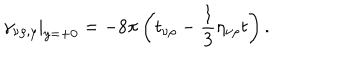
\gamma _ { \nu \rho , y } | _ { y = + 0 } = - 8 \pi \left( t _ { \nu \rho } - \frac 1 3 \eta _ { \nu \rho } t \right) .